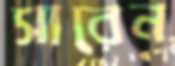
সারেন